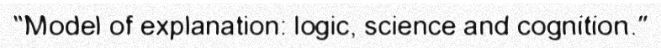
"Model of explanation: logic, science and cognition."